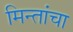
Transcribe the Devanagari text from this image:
मिन्तांचा